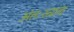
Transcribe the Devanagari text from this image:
अंतःस्त्राव